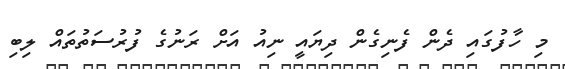
މި ހާފުގައި ދެން ފެނިގެން ދިޔައީ ނިއު އަށް ރަނުގެ ފުރުސަތުތައް ލިބި